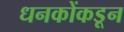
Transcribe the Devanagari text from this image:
धनकोंकडून